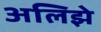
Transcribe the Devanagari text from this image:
अलिझे